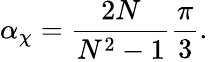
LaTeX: \alpha_{\chi}={\frac{2N}{N^{2}-1}}{\frac{\pi}{3}}.